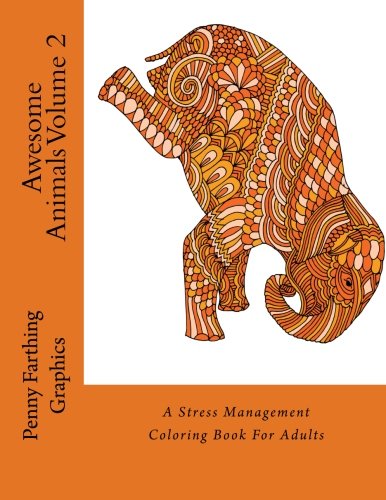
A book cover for Awesome Animals Volume 2: A Stress Management Coloring Book For Adults; Adult Coloring Books; Crafts, Hobbies & Home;